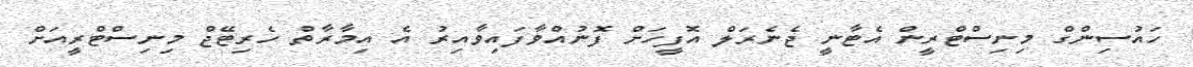
ހައުސިންގް މިނިސްޓްރީން އެޓާނީ ޖެނެރަލް އޮފީހަށް ފޮނުއްވާފައިވާއިރު އެ އިމާރާތް ހެރިޓޭޖް މިނިސްޓްރީއަށް